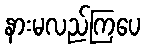
နားမလည်ကြပေ